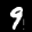
Label: 9